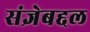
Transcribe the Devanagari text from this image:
संज्ञेबद्दल